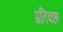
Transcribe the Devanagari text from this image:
प्रतिक्छा